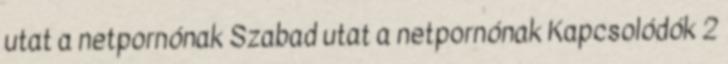
utat a netpornónak Szabad utat a netpornónak Kapcsolódók 2